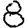
Digit: 8